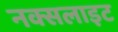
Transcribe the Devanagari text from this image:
नक्सलाइट